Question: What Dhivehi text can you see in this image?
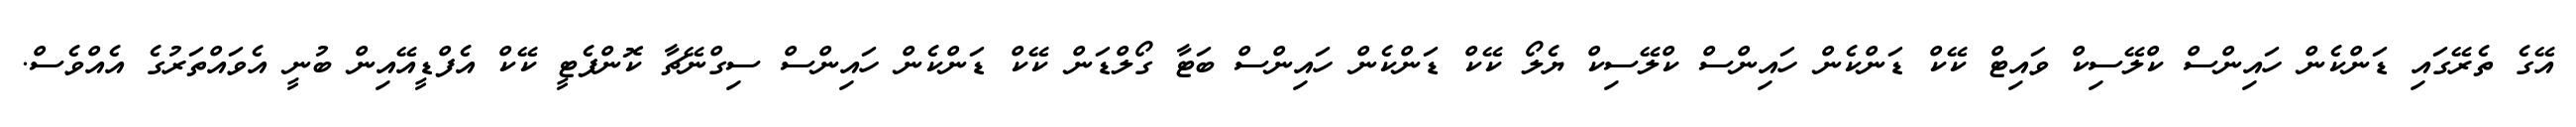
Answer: އޭގެ ތެރޭގައި ޑަންކެން ހައިންސް ކްލޭސިކް ވައިޓް ކޭކް ޑަންކެން ހައިންސް ކްލޭސިކް ޔެލޯ ކޭކް ޑަންކެން ހައިންސް ބަޓާ ގޯލްޑަން ކޭކް ޑަންކެން ހައިންސް ސިގްނޭޗާ ކޮންފެޓީ ކޭކް އެފްޑީއޭއިން ބުނީ އެވައްތަރުގެ އެއްވެސް.